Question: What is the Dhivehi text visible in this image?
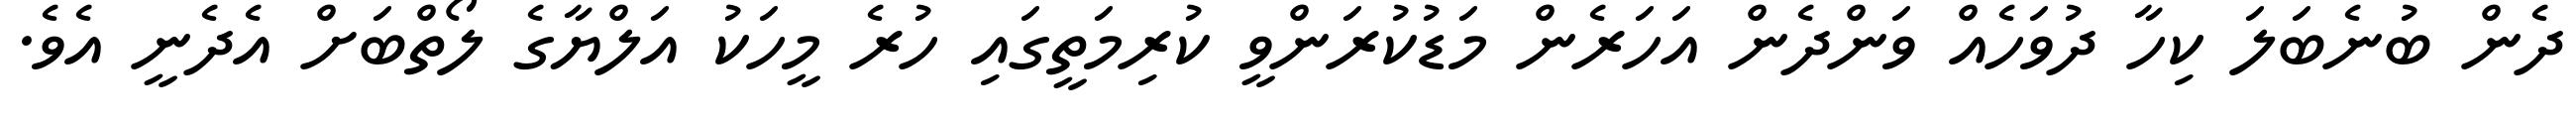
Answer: ދެން ބުނެބަލަ ކިހާ ދުވަހެއް ވަންދެން އަހަރެން މަޑުކުރަންވީ ކުރިމަތީގައި ހުރެ މީހަކު އަލްޔާގެ ލޯތްބަށް އެދެނީ އެވެ.